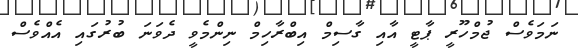
ނަމަވެސް ޖުމްހޫރީ ޕާޓީ އާއި ގާސިމް އިބްރާހިމް ނިންމެވީ ދެވަނަ ބުރުގައި އެއްވެސް